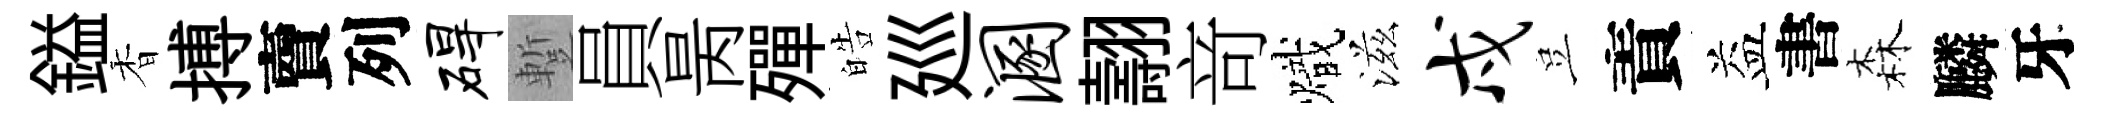
鎰香搏𧶠列碍蹔員昺殫皓廵溷翿竒熾滋戍豈責益書森麟牙